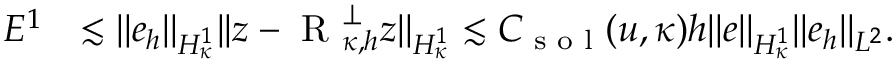
\begin{array} { r l } { E ^ { 1 } } & { \lesssim \lvert | e _ { h } \rvert | _ { H _ { \kappa } ^ { 1 } } \lvert | z - \textup { R } _ { \kappa , h } ^ { \perp } z \rvert | _ { H _ { \kappa } ^ { 1 } } \lesssim C _ { \textup { s o l } } ( u , \kappa ) h \lvert | e \rvert | _ { H _ { \kappa } ^ { 1 } } \lvert | e _ { h } \rvert | _ { L ^ { 2 } } . } \end{array}